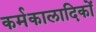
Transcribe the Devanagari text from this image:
कर्मकालादिकों